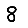
Digit: 8